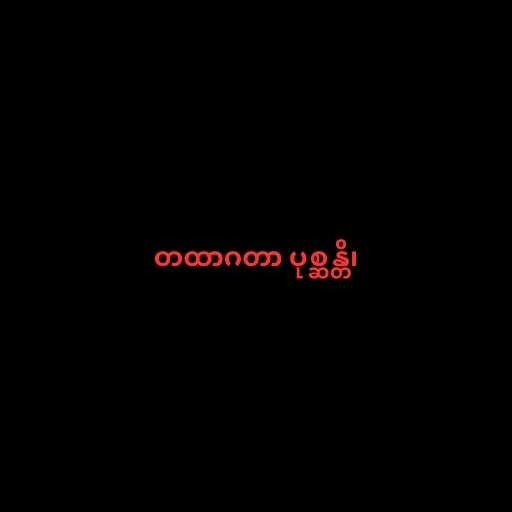
တထာဂတာ ပုစ္ဆန္တိ၊